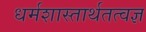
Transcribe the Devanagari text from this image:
धर्मशास्तार्थतत्वज्ञ